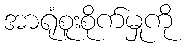
အာရုံစူးစိုက်မှုကို